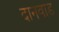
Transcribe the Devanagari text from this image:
दानवाड